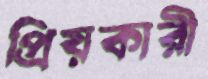
প্রিয়কারী